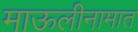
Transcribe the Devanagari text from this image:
माऊलीनामात